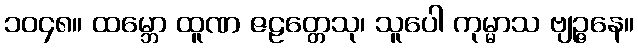
၁၀၄၈။ ထမ္ဘော ထူဏ ဇဠတ္တေသု၊ သူပေါ ကုမ္မာသ ဗျဉ္ဇနေ။